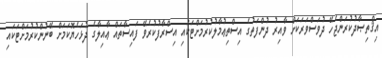
އިޤްތިޞާދުކުރަންޖެހޭ ދުވަސްވަރަކަށް ވާއިރު ދުންފަތުގެ އިސްތިޢުމާލުކުރުމަށްޓަކައި އިސްރާފުކުރެވޭ ފައިސާތައް ޢާއިލާގެ ދުޅަހެޔޮކަމަށް ބޭނުންކުރުމަށްޓަކައި